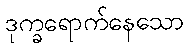
ဒုက္ခရောက်နေသော